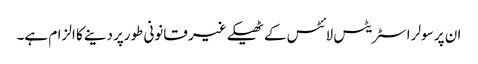
ان پر سولر اسٹریٹس لائٹس کے ٹھیکے غیر قانونی طورپردینے کا الزام ہے۔